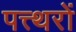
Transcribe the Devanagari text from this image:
पत्त्थरों